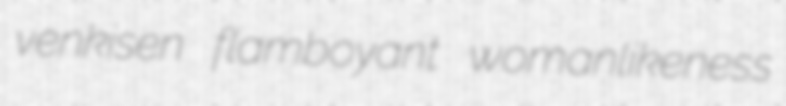
venkisen flamboyant womanlikeness